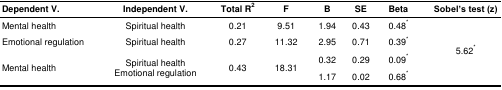
| Dependent V. | Independent V. | Total R2 | F | B | SE | Beta | Sobel’s test (z) |
 | --- | --- | --- | --- | --- | --- | --- | --- |
 | Mental health | Spiritual health | 0.21 | 9.51 | 1.94 | 0.43 | 0.48* | <ROWSPAN=4> 5.62* |
 | Emotional regulation | Spiritual health | 0.27 | 11.32 | 2.95 | 0.71 | 0.39* |
 | <ROWSPAN=2> Mental health | <ROWSPAN=2> Spiritual healthEmotional regulation | <ROWSPAN=2> 0.43 | <ROWSPAN=2> 18.31 | 0.32 | 0.29 | 0.09* |
 | 1.17 | 0.02 | 0.68* |